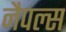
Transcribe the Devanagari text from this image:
नैपल्स